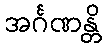
အင်္ဂဏန္တိ